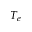
T _ { e }